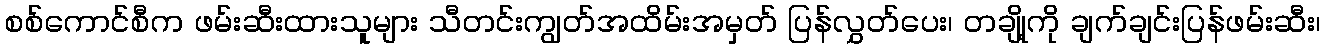
စစ်ကောင်စီက ဖမ်းဆီးထားသူများ သီတင်းကျွတ်အထိမ်းအမှတ် ပြန်လွှတ်ပေး၊ တချို့ကို ချက်ချင်းပြန်ဖမ်းဆီး၊